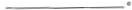
___。